Civil Veterinary Department Bihar reports 1936-40 - 1936-1940
Year: 1936
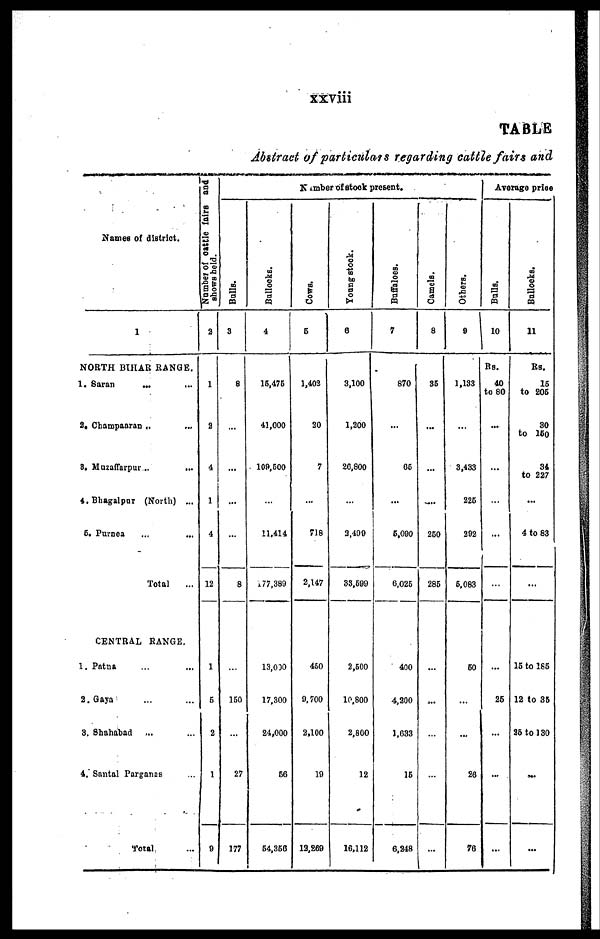
xxviii
TABLE
Abstract of particulars regarding cattle fairs and
Names of district.
1
NORTH BIHAR RANGE.
1. Saran ... ...
2, Champaaran .. ...
8. Muzaffarpur .. ...
4.Bhagalpur (North) ...
6. Purnea ... ...
Total ...
CENTRAL RANGE.
1. Patna ... ...
3.Gaya ... ...
3. Shahabad ... ...
4. Santal Parganes ...
Total ...
Number of cattle fairs and
shows held.
a
1
3
4
1
4
12
1
5
2
1
0
Balls.
3
8
...
...
...
...
8
...
150
...
27
177
Bullocks.
4
15,475
41,000
109,600
...
11.414
77,389
13,000
17,300
24,000
66
64,360
Number of stock present.
Cows.
5
1,402
20
7
...
718
2,147
450
9,700
2,100
10
13,269
Young stock.
0
3,100
1,200
26,800
...
3,490
33,699
2,560
10,600
2,800
12
16,112
Buffaloes.
7
870
...
06
...
6,090
6,025
400
4,200
1,633
16
6,248
Camels.
8
36
...
...
...
250
286
...
...
...
...
...
Others.
9
1,133
...
3,433
226
292
6,083
60
...
...
26
76
Average price
Balls.
10
Rs.
40
to 80
...
...
...
...
...
...
26
...
...
...
Bullocks.
11
Rs.
16
to 205
30
to 160
34
to 227
...
4 to 83
...
15 to 185
12 to 35
25 to 130
...
...